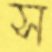
স